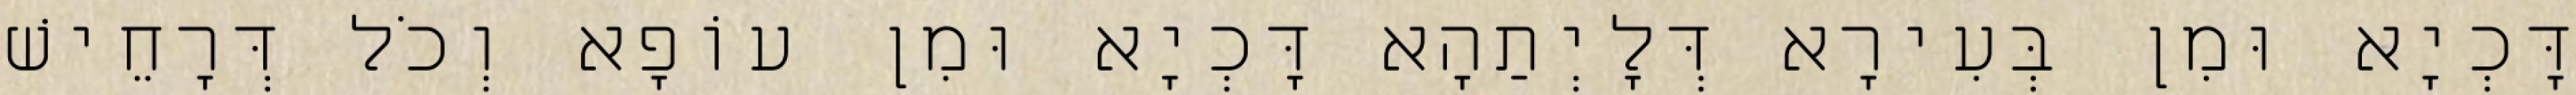
דָּכְיָא וּמִן בְּעִירָא דְּלָיְתַהָא דָּכְיָא וּמִן עוֹפָא וְכֹל דְּרָחֵישׁ